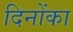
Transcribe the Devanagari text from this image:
दिनोंका